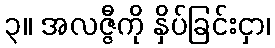
၃။ အလဇ္ဇီကို နှိပ်ခြင်းငှာ၊